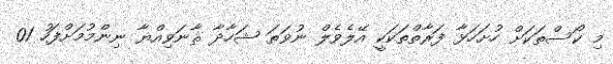
މި ކޯސްތަކަށް ހުށަހަޅާ ފަރާތްތަކަކީ އޭލެވެލް ނުވަތަ ޝަހާދާ ޘާނަވިއްޔާ ނިންމުމަށްފަހު 01